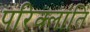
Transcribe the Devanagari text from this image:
परिक्लांति